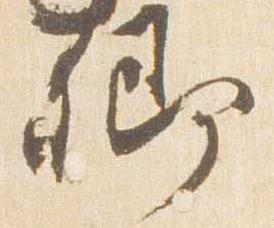
卿